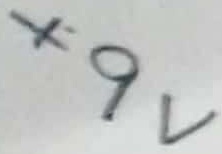
Text: +9V